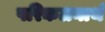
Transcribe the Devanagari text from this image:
परिकलनार्थ